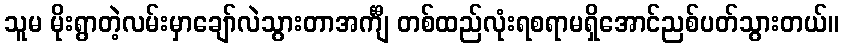
သူမ မိုးရွာတဲ့လမ်းမှာချော်လဲသွားတာအင်္ကျီ တစ်ထည်လုံးရစရာမရှိအောင်ညစ်ပတ်သွားတယ်။